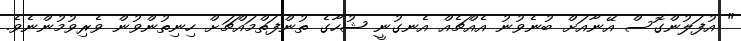
" އުފަލުންގޮސް އޭނާއަށް ބުނެވުނު އެއްޗެއް އެނގުނީ ޝުހާގެ ތުންފަތްމައްޗަށް ހިނިތުންވުން ވެރިވުމުންނެވެ.